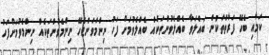
ކަމާއި ބެހޭ ފަރާތްތަކުން ބައްލަވާ ބެއްލެވުންތަކެއް ބެއްލެވުމަށް ފަހު ނިންމަވަންޖެހޭ ނިންމެވުންތަކެއް ނިންމެވުމަށްފަހު